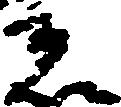
者